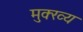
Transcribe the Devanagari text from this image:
मुक्ख्य